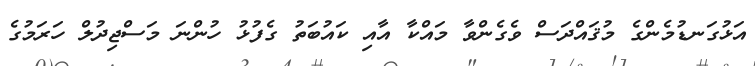
އަޅުގަނޑުމެންގެ މުޤައްދަސް ވެގެންވާ މައްކާ އާއި ކައުބަތު ގެފުޅު ހުންނަ މަސްޖިދުލް ހަރަމުގެ